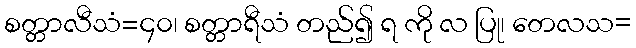
စတ္တာလီသံ=၄၀၊ စတ္တာရီသံ တည်၍ ရ ကို လ ပြု၊ တေလသ=